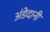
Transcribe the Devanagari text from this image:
अंडेदानी